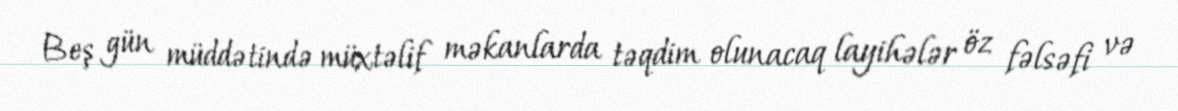
Beş gün müddətində müxtəlif məkanlarda təqdim olunacaq layihələr öz fəlsəfi və